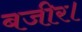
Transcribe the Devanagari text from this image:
बजीर।